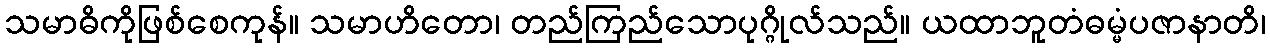
သမာဓိကိုဖြစ်စေကုန်။ သမာဟိတော၊ တည်ကြည်သောပုဂ္ဂိုလ်သည်။ ယထာဘူတံဓမ္မံပဇာနာတိ၊